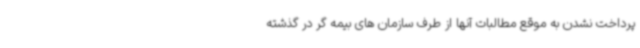
پرداخت نشدن به موقع مطالبات آنها از طرف سازمان های بیمه گر در گذشته